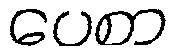
ပေစာ